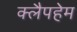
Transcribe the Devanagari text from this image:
क्लैपहेम